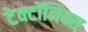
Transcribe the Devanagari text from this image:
टेक्टॉनिक्स